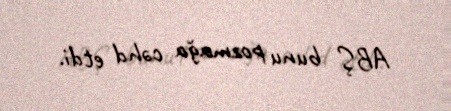
ABŞ bunu pozmağa cəhd etdi.